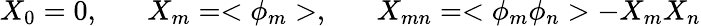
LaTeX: X_{0}=0,\; \; \; \; \; \; X_{m}=<\phi_{m}>,\; \; \; \; \; \; X_{mn}=<\phi_{m}\phi_{n}>-X_{m}X_{n}